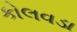
કોલવડા